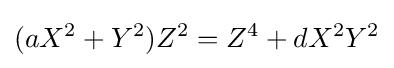
(aX^{2}+Y^{2})Z^{2}=Z^{4}+dX^{2}Y^{2}